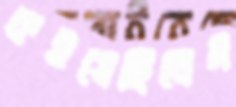
কইয়েছিলেম